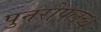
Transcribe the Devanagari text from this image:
पुनरोपलब्ध